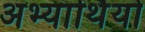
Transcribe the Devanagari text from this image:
अभ्यार्थियो